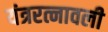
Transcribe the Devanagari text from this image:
यंत्ररत्नावली